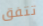
تتفق